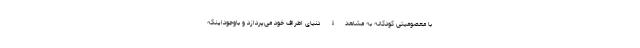
با معصومیتی کودکانه به مشاهدۀ دنیای اطراف خود می‌پردازد و باوجوداینکه